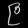
Digit: ၉